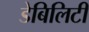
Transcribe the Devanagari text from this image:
डेबिलिटी